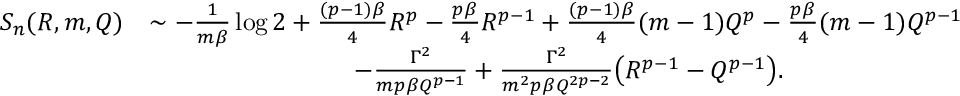
\begin{array} { r l } { S _ { n } ( R , m , Q ) } & { \sim - \frac { 1 } { m \beta } \log { 2 } + \frac { ( p - 1 ) \beta } { 4 } R ^ { p } - \frac { p \beta } { 4 } R ^ { p - 1 } + \frac { ( p - 1 ) \beta } { 4 } ( m - 1 ) Q ^ { p } - \frac { p \beta } { 4 } ( m - 1 ) Q ^ { p - 1 } } \\ & { \qquad \qquad \qquad \qquad - \frac { \Gamma ^ { 2 } } { m p \beta Q ^ { p - 1 } } + \frac { \Gamma ^ { 2 } } { m ^ { 2 } p \beta Q ^ { 2 p - 2 } } \big ( R ^ { p - 1 } - Q ^ { p - 1 } \big ) . } \end{array}